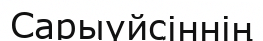
Сарыүйсіннің